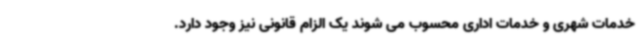
خدمات شهری و خدمات اداری محسوب می شوند یک الزام قانونی نیز وجود دارد.